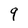
Character: 9